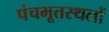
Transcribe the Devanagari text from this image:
पंचभूतस्थलों